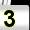
Digit: 3